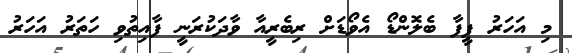
މި އަހަރު ފީފާ ބެލޮންޑޯ އެވޯޑަށް ރިބެރީއާ ވާދަކުރަނީ ފާއިތުވި ހަތަރު އަހަރު